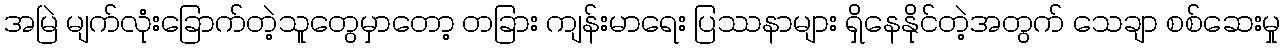
အမြဲ မျက်လုံးခြောက်တဲ့သူတွေမှာတော့ တခြား ကျန်းမာရေး ပြဿနာများ ရှိနေနိုင်တဲ့အတွက် သေချာ စစ်ဆေးမှု